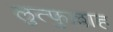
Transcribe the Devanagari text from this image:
लुत्फुल्लाह